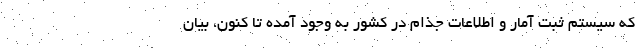
که سیستم ثبت آمار و اطلاعات جذام در کشور به وجود آمده تا کنون، بیان